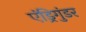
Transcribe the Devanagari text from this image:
एंड्रिगुंडर